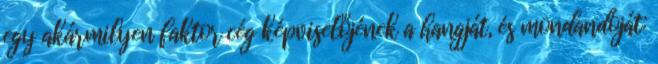
egy akármilyen faktor cég képviselőjének a hangját, és mondandóját: